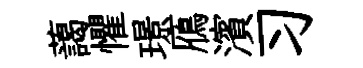
藹懼璟鴈濱习